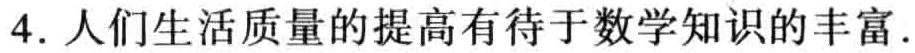
4. 人们生活质量的提高有待于数学知识的丰富.